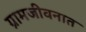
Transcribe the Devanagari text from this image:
ग्रामजीवनात